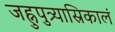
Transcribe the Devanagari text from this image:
जह्नुपुत्र्यास्रिकालं